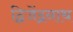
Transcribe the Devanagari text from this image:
द्विजेंद्रनाथ